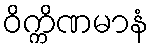
ဝိက္ကိဏမာနံ